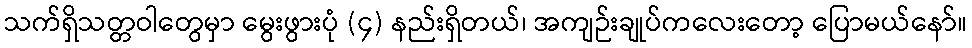
သက်ရှိသတ္တဝါတွေမှာ မွေးဖွားပုံ (၄) နည်းရှိတယ်၊ အကျဉ်းချုပ်ကလေးတော့ ပြောမယ်နော်။